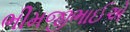
ભીમજીભાઈએ